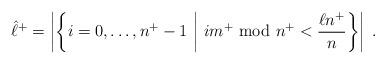
LaTeX: \begin{align*}\hat{\ell}^+ =\left| \left\{ i = 0,\ldots,n^+-1 ~\middle|~i m^+ {\rm ~mod~} n^+ < \frac{\ell n^+}{n} \right\} \right| \;.\end{align*}